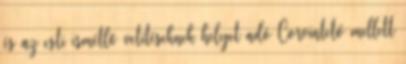
és az esti ismétlő vetítéseknek helyet adó Corvintető mellett